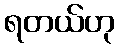
ရတယ်ဟု